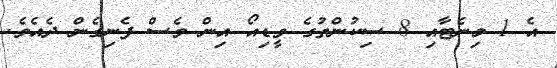
އެ 1 މިނެޓާއި 8 ސިކުންތުގެ ވީޑިއޯ އިން ވެސް ފެނިގެން ދެއެވެ.